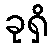
ခုရှိ